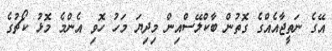
އޭގެ ނަތީޖާއެއްގެ ގޮތުން ބާކްލޭސްއިން މިދިޔަ މަހު ހޮވި އެންމެ މޮޅު ކޯޗުގެ